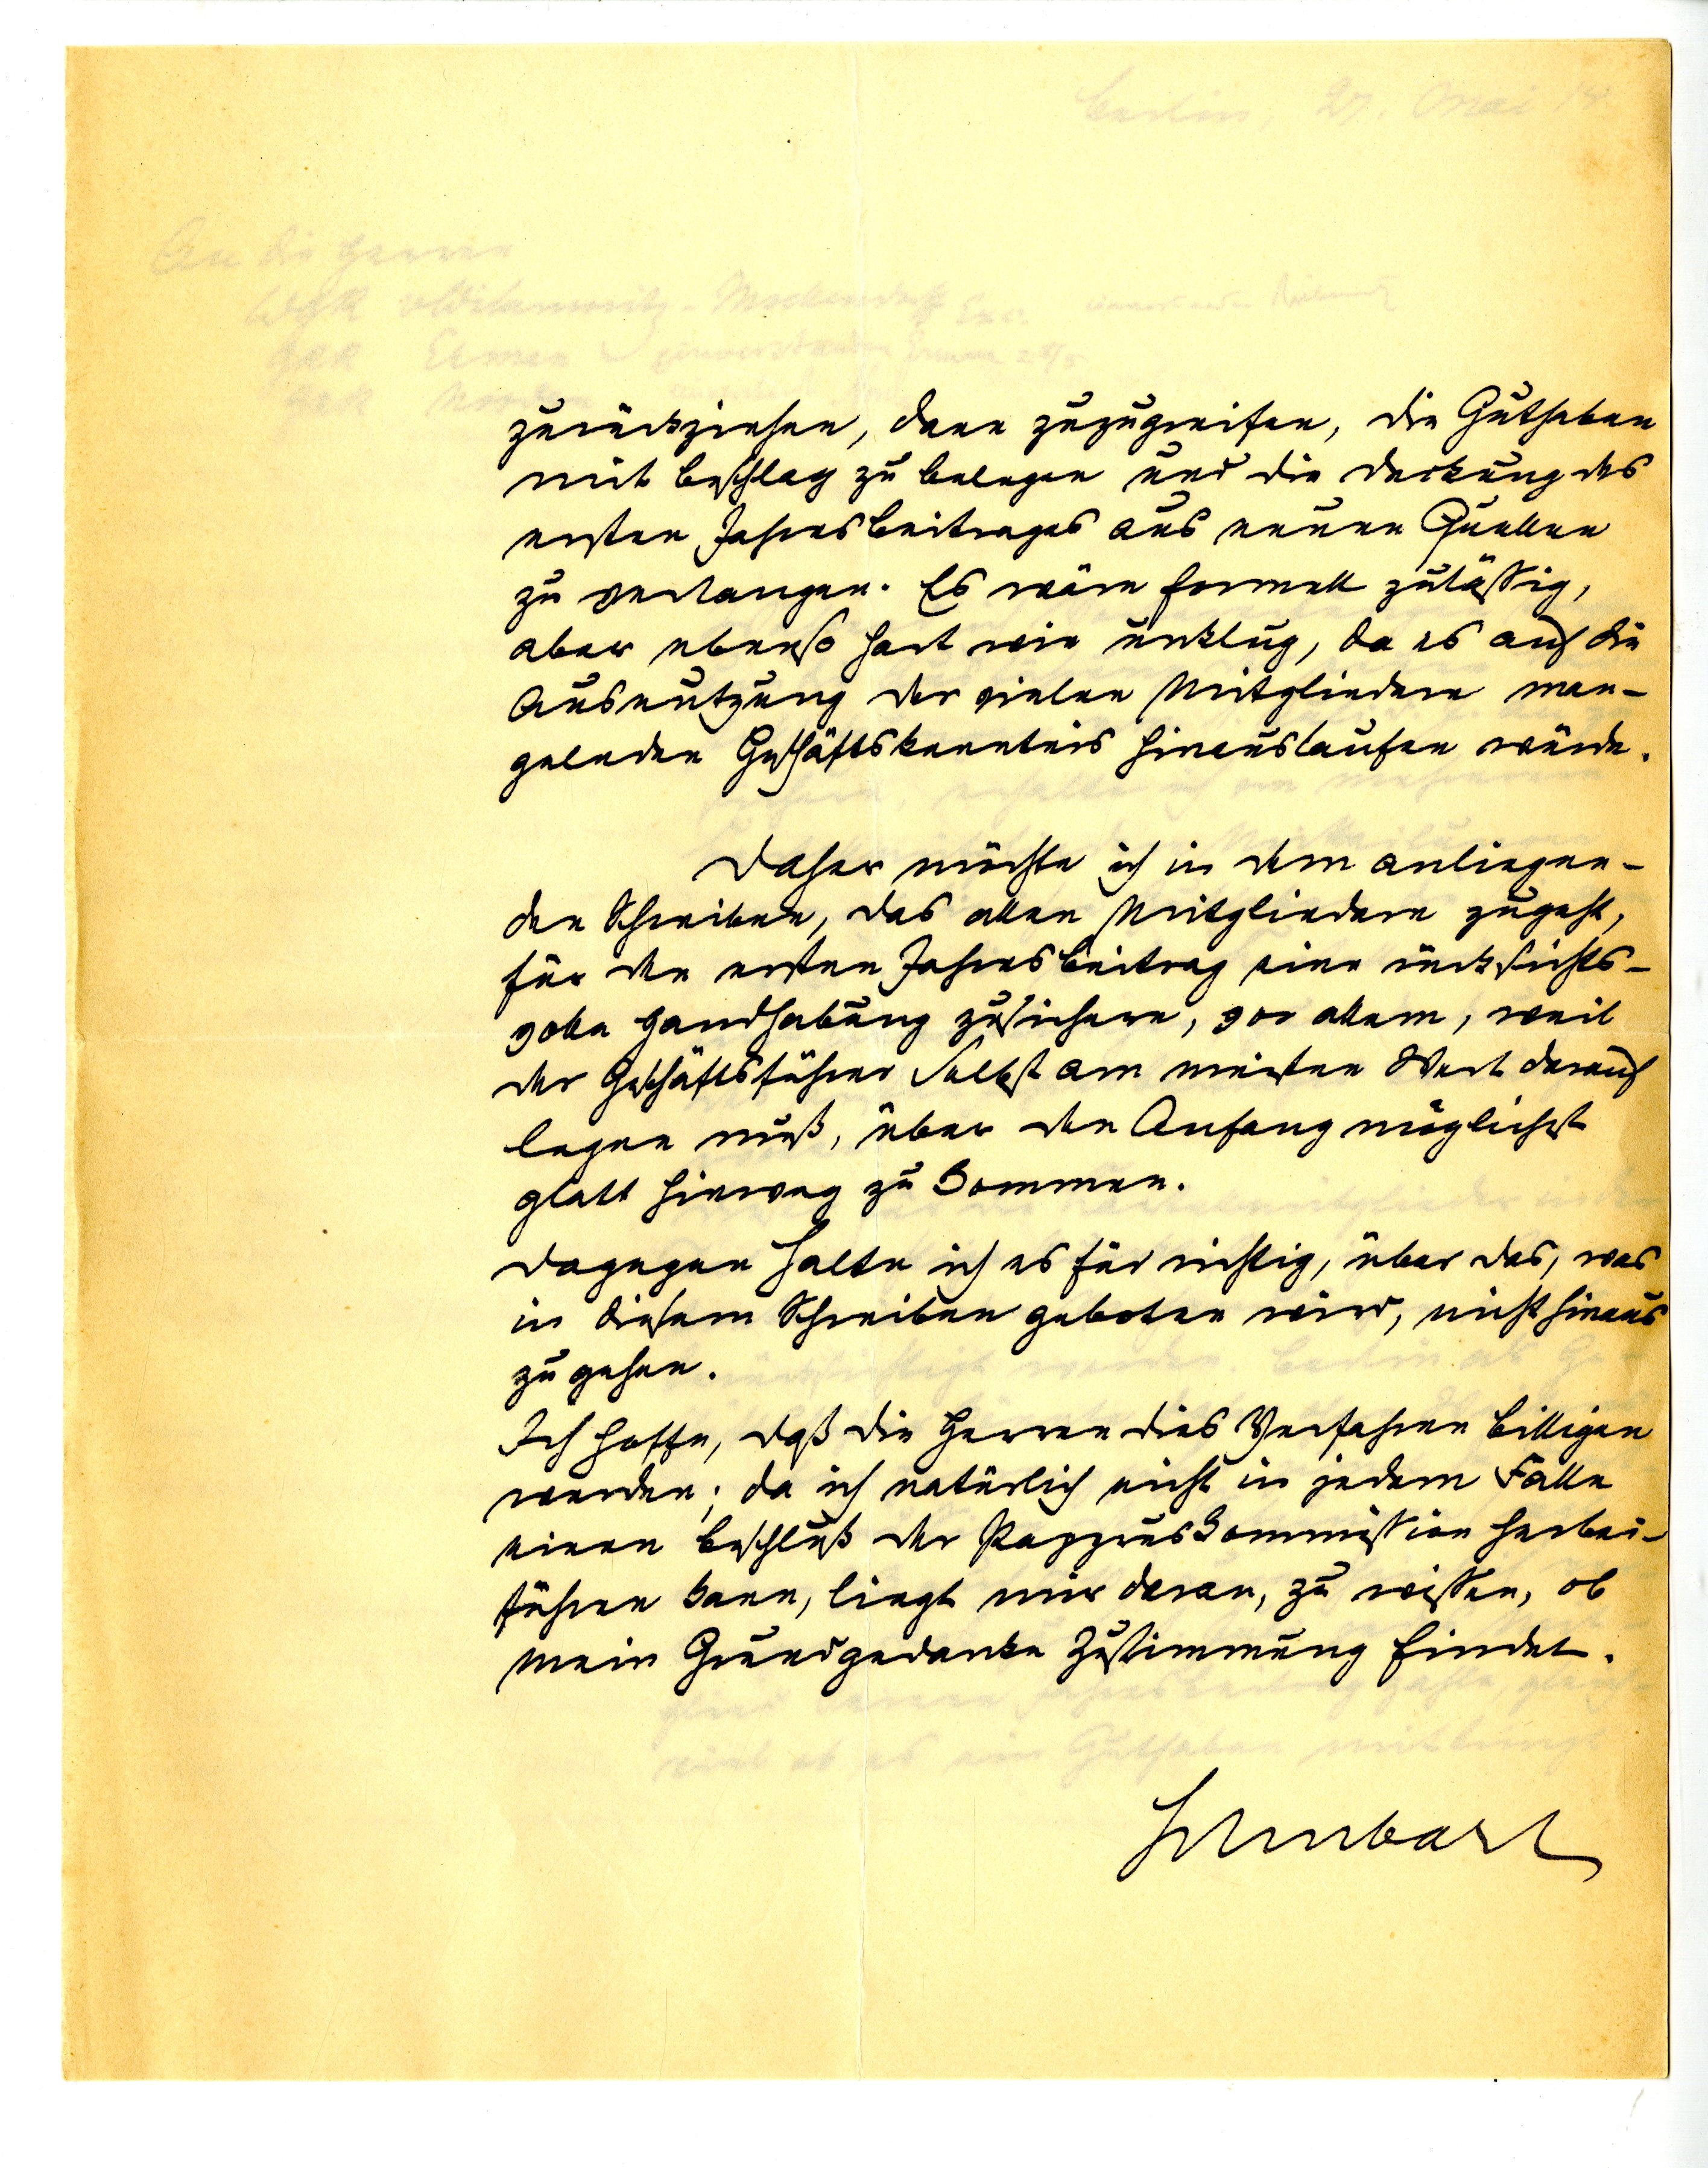
zurückziehen, dann zuzugreifen, die Guthaben
mit Beschlag zu belegen und die Deckung des
ersten Jahresbeitrages aus neuen Quellen
zu verlangen. Es wäre formell zulässig,
aber ebenso hart wie unklug, da es auf die
Ausnutzung der vielen Mitglieder man¬
gelnden Geschäftskenntnis hinauslaufen würde.
Daher möchte ich in dem anliegen¬
dem Schreiben, das allen Mitgliedern zugeht,
für den ersten Jahresbeitrag eine rücksichts¬
volle Handhabung zusichern, vor allem, weil
der Geschäftsführer selbst am meisten Wert darauf
legen muß, über den Anfang möglichst
glatt hinweg zu kommen.
Dagegen halte ich es für wichtig, über das, was
in diesem Schreiben geboten wird, nicht hinaus
zu gehen.
Ich hoffe, daß die Herren dies Verfahren billigen
werden; da ich natürlich nicht in jedem Falle
einen Beschluß der Papyruskommission herbei¬
führen kann, liegt mir daran, zu wissen, ob
mein Grundgedanke Zustimmung findet.
Schubart